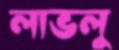
লাভলু